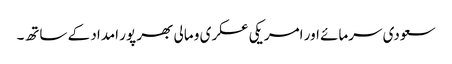
سعودی سرمائے اور امریکی عسکری و مالی بھر پور امداد کے ساتھ۔